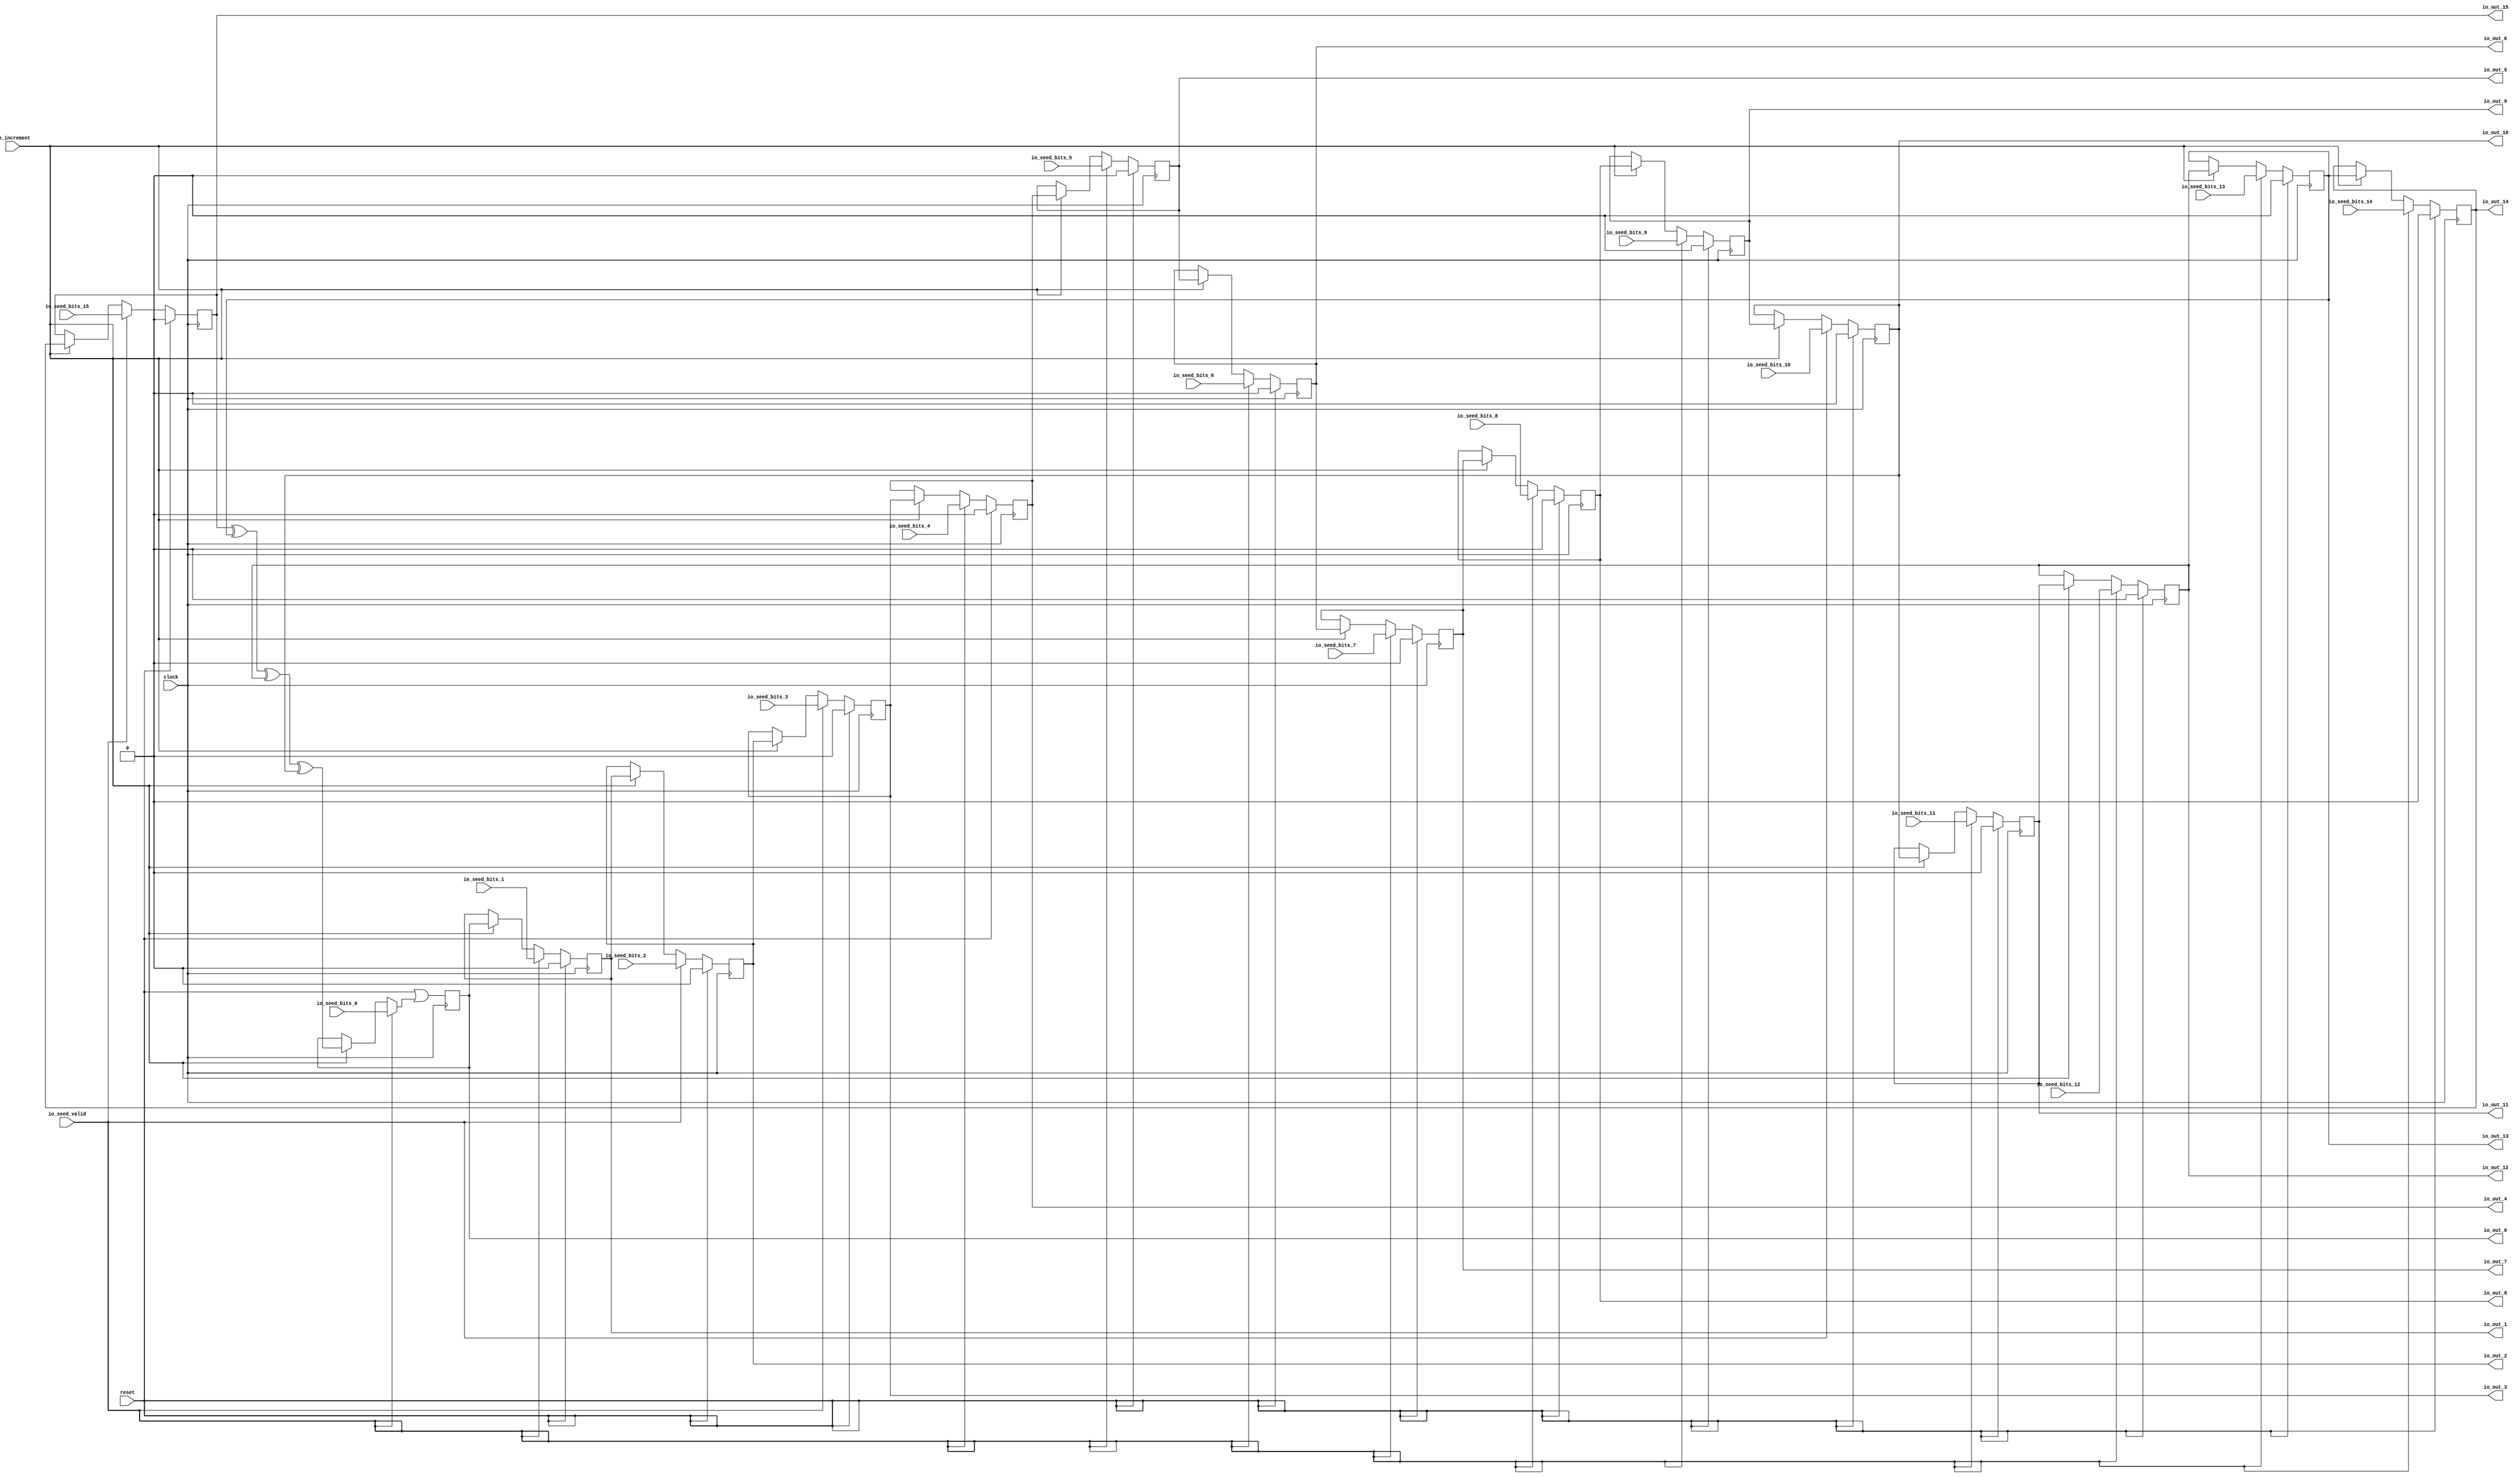
module MaxPeriodFibonacciLFSR(
  input   clock,
  input   reset,
  input   io_seed_valid,
  input   io_seed_bits_0,
  input   io_seed_bits_1,
  input   io_seed_bits_2,
  input   io_seed_bits_3,
  input   io_seed_bits_4,
  input   io_seed_bits_5,
  input   io_seed_bits_6,
  input   io_seed_bits_7,
  input   io_seed_bits_8,
  input   io_seed_bits_9,
  input   io_seed_bits_10,
  input   io_seed_bits_11,
  input   io_seed_bits_12,
  input   io_seed_bits_13,
  input   io_seed_bits_14,
  input   io_seed_bits_15,
  input   io_increment,
  output  io_out_0,
  output  io_out_1,
  output  io_out_2,
  output  io_out_3,
  output  io_out_4,
  output  io_out_5,
  output  io_out_6,
  output  io_out_7,
  output  io_out_8,
  output  io_out_9,
  output  io_out_10,
  output  io_out_11,
  output  io_out_12,
  output  io_out_13,
  output  io_out_14,
  output  io_out_15
);
`ifdef RANDOMIZE_REG_INIT
  reg [31:0] _RAND_0;
  reg [31:0] _RAND_1;
  reg [31:0] _RAND_2;
  reg [31:0] _RAND_3;
  reg [31:0] _RAND_4;
  reg [31:0] _RAND_5;
  reg [31:0] _RAND_6;
  reg [31:0] _RAND_7;
  reg [31:0] _RAND_8;
  reg [31:0] _RAND_9;
  reg [31:0] _RAND_10;
  reg [31:0] _RAND_11;
  reg [31:0] _RAND_12;
  reg [31:0] _RAND_13;
  reg [31:0] _RAND_14;
  reg [31:0] _RAND_15;
`endif // RANDOMIZE_REG_INIT
  reg  state_0; // @[PRNG.scala 47:50]
  reg  state_1; // @[PRNG.scala 47:50]
  reg  state_2; // @[PRNG.scala 47:50]
  reg  state_3; // @[PRNG.scala 47:50]
  reg  state_4; // @[PRNG.scala 47:50]
  reg  state_5; // @[PRNG.scala 47:50]
  reg  state_6; // @[PRNG.scala 47:50]
  reg  state_7; // @[PRNG.scala 47:50]
  reg  state_8; // @[PRNG.scala 47:50]
  reg  state_9; // @[PRNG.scala 47:50]
  reg  state_10; // @[PRNG.scala 47:50]
  reg  state_11; // @[PRNG.scala 47:50]
  reg  state_12; // @[PRNG.scala 47:50]
  reg  state_13; // @[PRNG.scala 47:50]
  reg  state_14; // @[PRNG.scala 47:50]
  reg  state_15; // @[PRNG.scala 47:50]
  wire  _T_2 = state_15 ^ state_13 ^ state_12 ^ state_10; // @[LFSR.scala 15:41]
  wire  _GEN_0 = io_increment ? _T_2 : state_0; // @[PRNG.scala 61:23 PRNG.scala 62:11 PRNG.scala 47:50]
  wire  _GEN_16 = io_seed_valid ? io_seed_bits_0 : _GEN_0; // @[PRNG.scala 65:25 PRNG.scala 66:11]
  assign io_out_0 = state_0; // @[PRNG.scala 69:10]
  assign io_out_1 = state_1; // @[PRNG.scala 69:10]
  assign io_out_2 = state_2; // @[PRNG.scala 69:10]
  assign io_out_3 = state_3; // @[PRNG.scala 69:10]
  assign io_out_4 = state_4; // @[PRNG.scala 69:10]
  assign io_out_5 = state_5; // @[PRNG.scala 69:10]
  assign io_out_6 = state_6; // @[PRNG.scala 69:10]
  assign io_out_7 = state_7; // @[PRNG.scala 69:10]
  assign io_out_8 = state_8; // @[PRNG.scala 69:10]
  assign io_out_9 = state_9; // @[PRNG.scala 69:10]
  assign io_out_10 = state_10; // @[PRNG.scala 69:10]
  assign io_out_11 = state_11; // @[PRNG.scala 69:10]
  assign io_out_12 = state_12; // @[PRNG.scala 69:10]
  assign io_out_13 = state_13; // @[PRNG.scala 69:10]
  assign io_out_14 = state_14; // @[PRNG.scala 69:10]
  assign io_out_15 = state_15; // @[PRNG.scala 69:10]
  always @(posedge clock) begin
    state_0 <= reset | _GEN_16; // @[PRNG.scala 47:50 PRNG.scala 47:50]
    if (reset) begin // @[PRNG.scala 47:50]
      state_1 <= 1'h0; // @[PRNG.scala 47:50]
    end else if (io_seed_valid) begin // @[PRNG.scala 65:25]
      state_1 <= io_seed_bits_1; // @[PRNG.scala 66:11]
    end else if (io_increment) begin // @[PRNG.scala 61:23]
      state_1 <= state_0; // @[PRNG.scala 62:11]
    end
    if (reset) begin // @[PRNG.scala 47:50]
      state_2 <= 1'h0; // @[PRNG.scala 47:50]
    end else if (io_seed_valid) begin // @[PRNG.scala 65:25]
      state_2 <= io_seed_bits_2; // @[PRNG.scala 66:11]
    end else if (io_increment) begin // @[PRNG.scala 61:23]
      state_2 <= state_1; // @[PRNG.scala 62:11]
    end
    if (reset) begin // @[PRNG.scala 47:50]
      state_3 <= 1'h0; // @[PRNG.scala 47:50]
    end else if (io_seed_valid) begin // @[PRNG.scala 65:25]
      state_3 <= io_seed_bits_3; // @[PRNG.scala 66:11]
    end else if (io_increment) begin // @[PRNG.scala 61:23]
      state_3 <= state_2; // @[PRNG.scala 62:11]
    end
    if (reset) begin // @[PRNG.scala 47:50]
      state_4 <= 1'h0; // @[PRNG.scala 47:50]
    end else if (io_seed_valid) begin // @[PRNG.scala 65:25]
      state_4 <= io_seed_bits_4; // @[PRNG.scala 66:11]
    end else if (io_increment) begin // @[PRNG.scala 61:23]
      state_4 <= state_3; // @[PRNG.scala 62:11]
    end
    if (reset) begin // @[PRNG.scala 47:50]
      state_5 <= 1'h0; // @[PRNG.scala 47:50]
    end else if (io_seed_valid) begin // @[PRNG.scala 65:25]
      state_5 <= io_seed_bits_5; // @[PRNG.scala 66:11]
    end else if (io_increment) begin // @[PRNG.scala 61:23]
      state_5 <= state_4; // @[PRNG.scala 62:11]
    end
    if (reset) begin // @[PRNG.scala 47:50]
      state_6 <= 1'h0; // @[PRNG.scala 47:50]
    end else if (io_seed_valid) begin // @[PRNG.scala 65:25]
      state_6 <= io_seed_bits_6; // @[PRNG.scala 66:11]
    end else if (io_increment) begin // @[PRNG.scala 61:23]
      state_6 <= state_5; // @[PRNG.scala 62:11]
    end
    if (reset) begin // @[PRNG.scala 47:50]
      state_7 <= 1'h0; // @[PRNG.scala 47:50]
    end else if (io_seed_valid) begin // @[PRNG.scala 65:25]
      state_7 <= io_seed_bits_7; // @[PRNG.scala 66:11]
    end else if (io_increment) begin // @[PRNG.scala 61:23]
      state_7 <= state_6; // @[PRNG.scala 62:11]
    end
    if (reset) begin // @[PRNG.scala 47:50]
      state_8 <= 1'h0; // @[PRNG.scala 47:50]
    end else if (io_seed_valid) begin // @[PRNG.scala 65:25]
      state_8 <= io_seed_bits_8; // @[PRNG.scala 66:11]
    end else if (io_increment) begin // @[PRNG.scala 61:23]
      state_8 <= state_7; // @[PRNG.scala 62:11]
    end
    if (reset) begin // @[PRNG.scala 47:50]
      state_9 <= 1'h0; // @[PRNG.scala 47:50]
    end else if (io_seed_valid) begin // @[PRNG.scala 65:25]
      state_9 <= io_seed_bits_9; // @[PRNG.scala 66:11]
    end else if (io_increment) begin // @[PRNG.scala 61:23]
      state_9 <= state_8; // @[PRNG.scala 62:11]
    end
    if (reset) begin // @[PRNG.scala 47:50]
      state_10 <= 1'h0; // @[PRNG.scala 47:50]
    end else if (io_seed_valid) begin // @[PRNG.scala 65:25]
      state_10 <= io_seed_bits_10; // @[PRNG.scala 66:11]
    end else if (io_increment) begin // @[PRNG.scala 61:23]
      state_10 <= state_9; // @[PRNG.scala 62:11]
    end
    if (reset) begin // @[PRNG.scala 47:50]
      state_11 <= 1'h0; // @[PRNG.scala 47:50]
    end else if (io_seed_valid) begin // @[PRNG.scala 65:25]
      state_11 <= io_seed_bits_11; // @[PRNG.scala 66:11]
    end else if (io_increment) begin // @[PRNG.scala 61:23]
      state_11 <= state_10; // @[PRNG.scala 62:11]
    end
    if (reset) begin // @[PRNG.scala 47:50]
      state_12 <= 1'h0; // @[PRNG.scala 47:50]
    end else if (io_seed_valid) begin // @[PRNG.scala 65:25]
      state_12 <= io_seed_bits_12; // @[PRNG.scala 66:11]
    end else if (io_increment) begin // @[PRNG.scala 61:23]
      state_12 <= state_11; // @[PRNG.scala 62:11]
    end
    if (reset) begin // @[PRNG.scala 47:50]
      state_13 <= 1'h0; // @[PRNG.scala 47:50]
    end else if (io_seed_valid) begin // @[PRNG.scala 65:25]
      state_13 <= io_seed_bits_13; // @[PRNG.scala 66:11]
    end else if (io_increment) begin // @[PRNG.scala 61:23]
      state_13 <= state_12; // @[PRNG.scala 62:11]
    end
    if (reset) begin // @[PRNG.scala 47:50]
      state_14 <= 1'h0; // @[PRNG.scala 47:50]
    end else if (io_seed_valid) begin // @[PRNG.scala 65:25]
      state_14 <= io_seed_bits_14; // @[PRNG.scala 66:11]
    end else if (io_increment) begin // @[PRNG.scala 61:23]
      state_14 <= state_13; // @[PRNG.scala 62:11]
    end
    if (reset) begin // @[PRNG.scala 47:50]
      state_15 <= 1'h0; // @[PRNG.scala 47:50]
    end else if (io_seed_valid) begin // @[PRNG.scala 65:25]
      state_15 <= io_seed_bits_15; // @[PRNG.scala 66:11]
    end else if (io_increment) begin // @[PRNG.scala 61:23]
      state_15 <= state_14; // @[PRNG.scala 62:11]
    end
  end
// Register and memory initialization
`ifdef RANDOMIZE_GARBAGE_ASSIGN
`define RANDOMIZE
`endif
`ifdef RANDOMIZE_INVALID_ASSIGN
`define RANDOMIZE
`endif
`ifdef RANDOMIZE_REG_INIT
`define RANDOMIZE
`endif
`ifdef RANDOMIZE_MEM_INIT
`define RANDOMIZE
`endif
`ifndef RANDOM
`define RANDOM $random
`endif
`ifdef RANDOMIZE_MEM_INIT
  integer initvar;
`endif
`ifndef SYNTHESIS
`ifdef FIRRTL_BEFORE_INITIAL
`FIRRTL_BEFORE_INITIAL
`endif
initial begin
  `ifdef RANDOMIZE
    `ifdef INIT_RANDOM
      `INIT_RANDOM
    `endif
    `ifndef VERILATOR
      `ifdef RANDOMIZE_DELAY
        #`RANDOMIZE_DELAY begin end
      `else
        #0.002 begin end
      `endif
    `endif
`ifdef RANDOMIZE_REG_INIT
  _RAND_0 = {1{`RANDOM}};
  state_0 = _RAND_0[0:0];
  _RAND_1 = {1{`RANDOM}};
  state_1 = _RAND_1[0:0];
  _RAND_2 = {1{`RANDOM}};
  state_2 = _RAND_2[0:0];
  _RAND_3 = {1{`RANDOM}};
  state_3 = _RAND_3[0:0];
  _RAND_4 = {1{`RANDOM}};
  state_4 = _RAND_4[0:0];
  _RAND_5 = {1{`RANDOM}};
  state_5 = _RAND_5[0:0];
  _RAND_6 = {1{`RANDOM}};
  state_6 = _RAND_6[0:0];
  _RAND_7 = {1{`RANDOM}};
  state_7 = _RAND_7[0:0];
  _RAND_8 = {1{`RANDOM}};
  state_8 = _RAND_8[0:0];
  _RAND_9 = {1{`RANDOM}};
  state_9 = _RAND_9[0:0];
  _RAND_10 = {1{`RANDOM}};
  state_10 = _RAND_10[0:0];
  _RAND_11 = {1{`RANDOM}};
  state_11 = _RAND_11[0:0];
  _RAND_12 = {1{`RANDOM}};
  state_12 = _RAND_12[0:0];
  _RAND_13 = {1{`RANDOM}};
  state_13 = _RAND_13[0:0];
  _RAND_14 = {1{`RANDOM}};
  state_14 = _RAND_14[0:0];
  _RAND_15 = {1{`RANDOM}};
  state_15 = _RAND_15[0:0];
`endif // RANDOMIZE_REG_INIT
  `endif // RANDOMIZE
end // initial
`ifdef FIRRTL_AFTER_INITIAL
`FIRRTL_AFTER_INITIAL
`endif
`endif // SYNTHESIS
endmodule